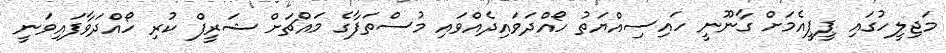
މަޖިލީހުގައި ޕީޕީއެމަށް ގާނޫނީ ހައިސިއްޔަތު ހޯއްދަވައިދެއްވައި މުސްތަފާގެ މައްޗަށް ޝަރީފް ކުރި ހޯއްދަވާފައިވަނީ